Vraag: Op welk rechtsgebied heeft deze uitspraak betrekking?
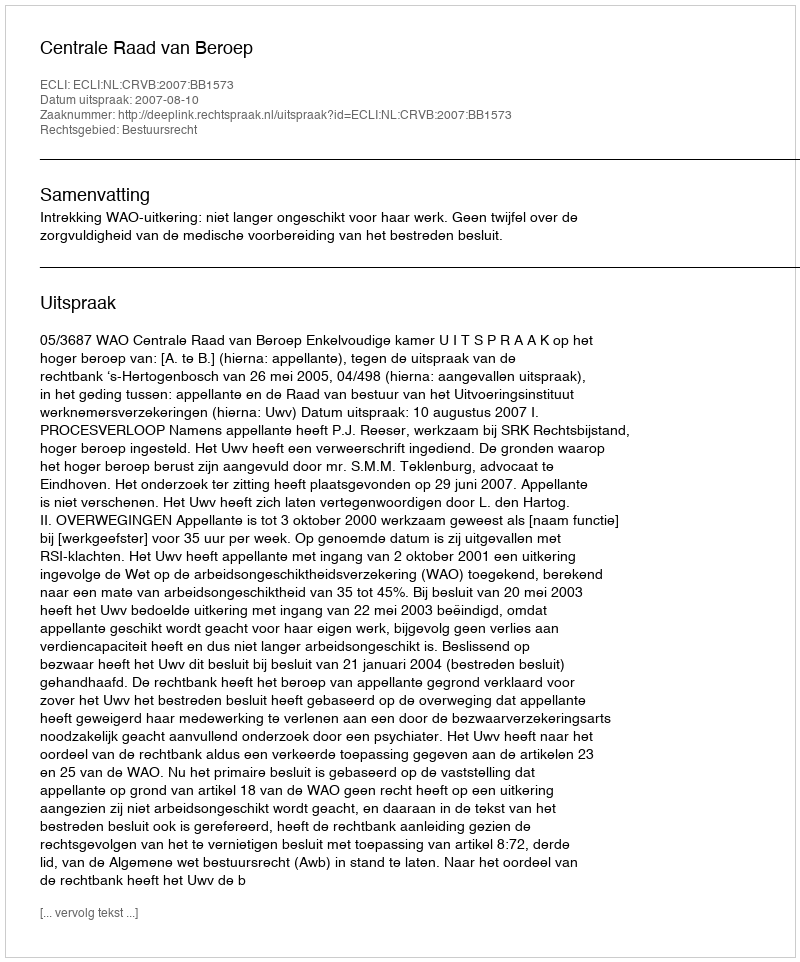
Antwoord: Bestuursrecht